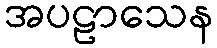
အပဠာသေန